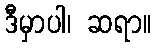
ဒီမှာပါ၊ ဆရာ။